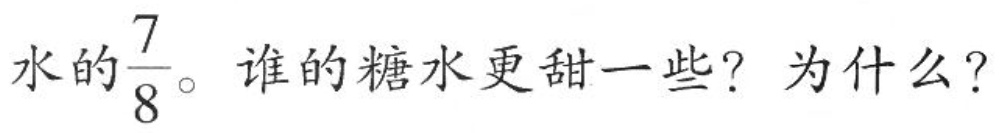
水的 \frac{7}{8}。谁的糖水更甜一些?为什么?